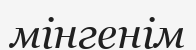
мінгенім